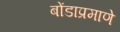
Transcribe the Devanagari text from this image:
बोंडाप्रमाणे